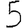
Digit: 5